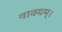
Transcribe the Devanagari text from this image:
वाक्यम्।